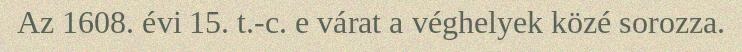
Az 1608. évi 15. t.-c. e várat a véghelyek közé sorozza.